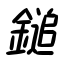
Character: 鎚